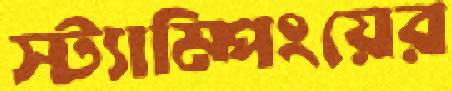
স্ট্যাম্পিংয়ের